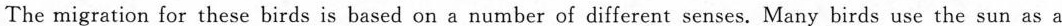
The migration for these birds is based on a number of different senses. Many birds use the sun as a